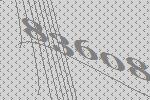
83608